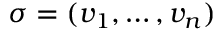
\sigma = ( v _ { 1 } , \dots , v _ { n } )